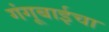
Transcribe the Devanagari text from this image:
गंगूबाईचा